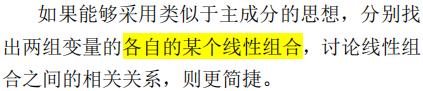
如果能够采用类似于主成分的思想，分别找出两组变量的各自的某个线性组合，讨论线性组合之间的相关关系，则更简捷。